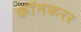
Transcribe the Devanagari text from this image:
कॉनकरर